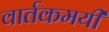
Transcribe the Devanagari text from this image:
वार्तकमयी